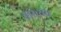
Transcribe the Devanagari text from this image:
वास्त्यव